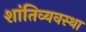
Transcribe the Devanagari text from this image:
शांतिव्यवस्था